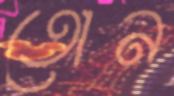
তোন